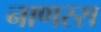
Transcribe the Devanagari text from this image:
नाणस्स